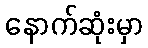
နောက်ဆုံးမှာ